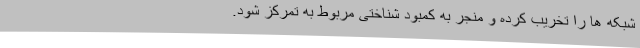
شبکه ها را تخریب کرده و منجر به کمبود شناختی مربوط به تمرکز شود.